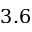
3 . 6